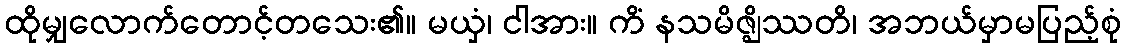
ထိုမျှလောက်တောင့်တသေး၏။ မယှံ၊ ငါအား။ ကိံ နသမိဇ္ဈိဿတိ၊ အဘယ်မှာမပြည့်စုံ